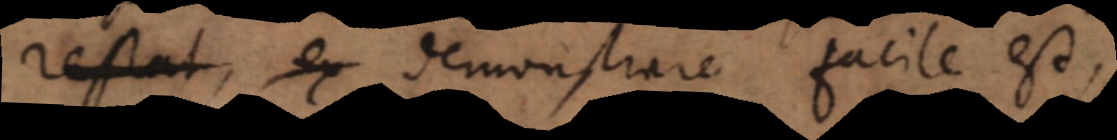
restat, ex demonstrare facile est.